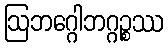
ဩဘဂ္ဂေါဘဂ္ဂဉ္စဿ